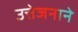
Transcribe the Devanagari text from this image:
उत्तेजनाने